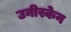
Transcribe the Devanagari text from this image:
उनीस्केन